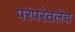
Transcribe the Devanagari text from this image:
परंपरेतलेच